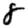
Digit: 8